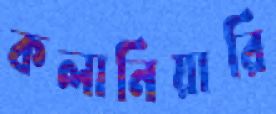
কলানিয়ারি